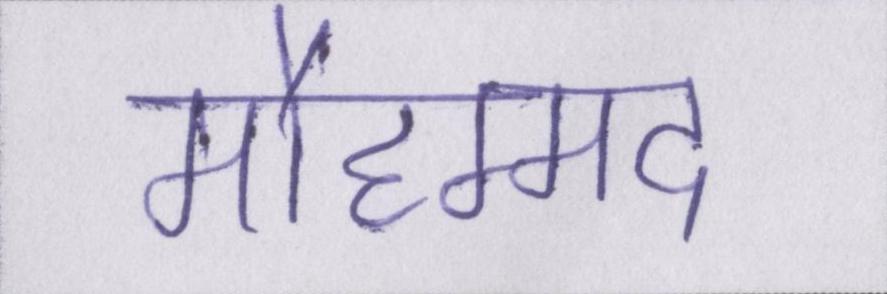
मौहम्मद